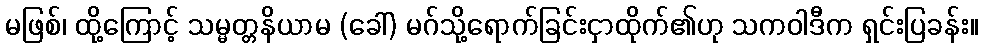
မဖြစ်၊ ထို့ကြောင့် သမ္မတ္တနိယာမ (ခေါ်) မဂ်သို့ရောက်ခြင်းငှာထိုက်၏ဟု သကဝါဒီက ရှင်းပြခန်း။